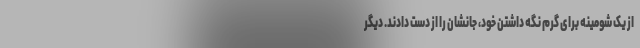
از یک شومینه برای گرم نگه داشتن خود، جانشان را از دست دادند. دیگر